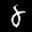
Digit: 8